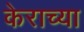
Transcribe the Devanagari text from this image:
केराच्या